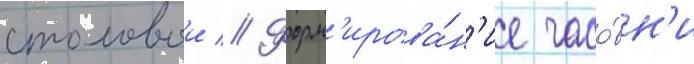
столовои // Форм'ирова́н'ие часо́вн'и